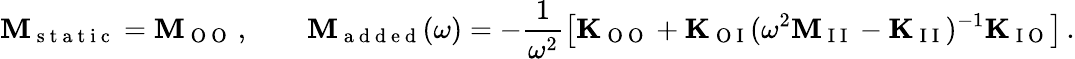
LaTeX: \mathbf{M}_{\mathrm{~s~t~a~t~i~c~}}=\mathbf{M}_{\mathrm{~O~O~}}\, ,\qquad\mathbf{M}_{\mathrm{~a~d~d~e~d~}}(\omega)=-\frac{1}{\omega^{2}}\left[\mathbf{K}_{\mathrm{~O~O~}}+\mathbf{K}_{\mathrm{~O~I~}}(\omega^{2}\mathbf{M}_{\mathrm{~I~I~}}-\mathbf{K}_{\mathrm{~I~I~}})^{-1}\mathbf{K}_{\mathrm{~I~O~}}\right]\, .